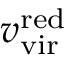
v _ { \mathrm { v i r } } ^ { \mathrm { r e d } }